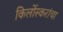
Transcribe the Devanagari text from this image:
किर्लोस्करांचा